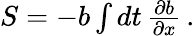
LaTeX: \begin{array}{r}{S=-b\int dt\, \frac{\partial b}{\partial x}\, .}\end{array}